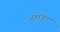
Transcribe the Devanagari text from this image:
रभडा